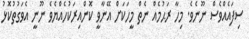
ސިފައެއްވެސް ނޫނެވެ. މިހާ ރަޙުމެއް ނެތް މީހަކަށް އޭނާވީ ކޮންއިރަކުހެއްޔެވެ ނޫނީ އެވަގުތުކޮޅު